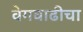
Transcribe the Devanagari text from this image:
वेगवाढीचा